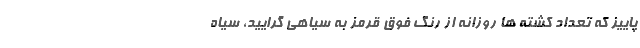
پاییز که تعداد کشته ها روزانه از رنگ فوق قرمز به سیاهی گرایید، سیاه